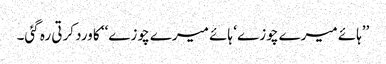
’’ہائے میرے چوزے ‘ ہائے میرے چوزے‘‘ کا ورد کرتی رہ گئی۔